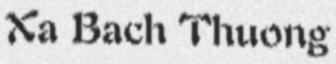
Xa Bach Thuong